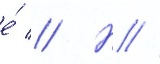
е́ // Н //